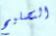
التصليح